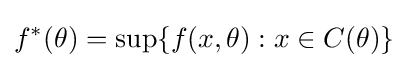
f^{*}(\theta )=\sup\{f(x,\theta ):x\in C(\theta )\}